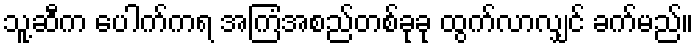
သူ့ဆီက ပေါက်ကရ အကြံအစည်တစ်ခုခု ထွက်လာလျှင် ခက်မည်။